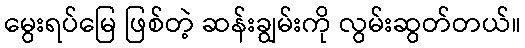
မွေးရပ်မြေ ဖြစ်တဲ့ ဆန်းချွမ်းကို လွမ်းဆွတ်တယ်။